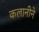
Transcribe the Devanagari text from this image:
कलानीने